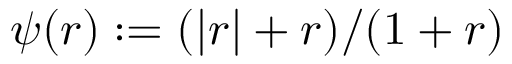
\psi ( r ) : = ( | r | + r ) / ( 1 + r )